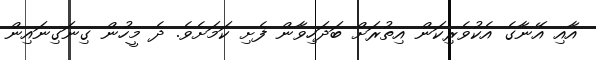
އާއި އޭނާގެ އެކުވެރިކަން އިތުރަށް ބަދަހިވާން ފެށި ކަމަށެވެ. ދެ މީހުން ގިނަގިނައިން